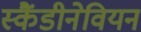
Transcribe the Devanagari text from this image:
स्कैंडीनेवियन